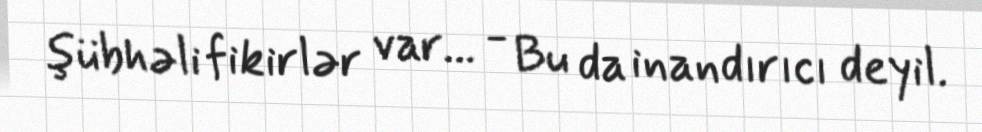
şübhəli fikirlər var... - Bu da inandırıcı deyil.